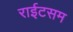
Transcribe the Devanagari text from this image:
राईटसम